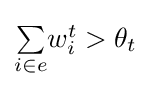
\textstyle {\underset {i\in e}{\sum }}w_{i}^{t}>\theta _{t}